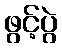
ဖွင့်ပွဲ